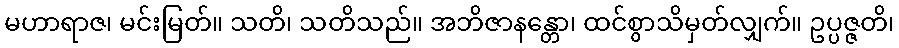
မဟာရာဇ၊ မင်းမြတ်။ သတိ၊ သတိသည်။ အဘိဇာနန္တော၊ ထင်စွာသိမှတ်လျှက်။ ဥပ္ပဇ္ဇတိ၊